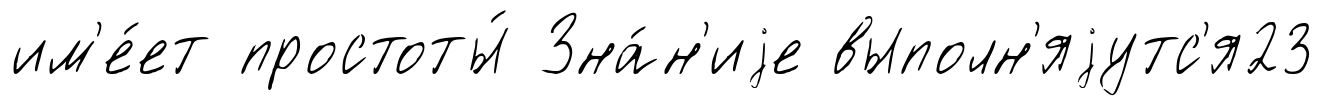
им'е́ет простоты́ Зна́н'иjе выполн'яjутс'я23